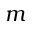
m